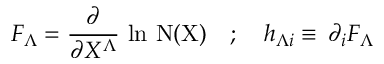
F _ { \Lambda } = \frac { \partial } { \partial X ^ { \Lambda } } \, \ln \, \mathrm { N ( X ) } \quad ; \quad h _ { \Lambda i } \equiv \, \partial _ { i } F _ { \Lambda }